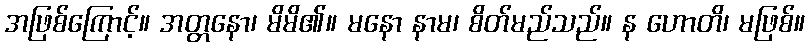
အဖြစ်ကြောင့်။ အတ္တနော၊ မိမိ၏။ မနော နာမ၊ စိတ်မည်သည်။ န ဟောတိ၊ မဖြစ်။